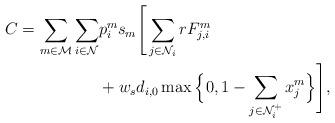
LaTeX: \begin{align*}C = \sum_{m\in\mathcal{M}}\sum_{i\in\mathcal{N}}&p_i^ms_m\Bigg[\sum_{j\in\mathcal{N}_i}rF_{j,i}^m \\&+ w_{s}d_{i,0}\max\Big\{0,1-\sum_{j\in\mathcal{N}_i^+}x_{j}^{m}\Big\}\Bigg],\end{align*}